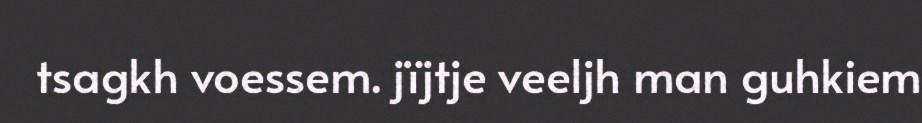
tsagkh voessem. jïjtje veeljh man guhkiem